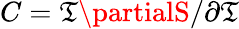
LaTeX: C=\mathfrak{T}\partialS/\partial\mathfrak{T}